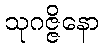
သုဂဇ္ဇိနော